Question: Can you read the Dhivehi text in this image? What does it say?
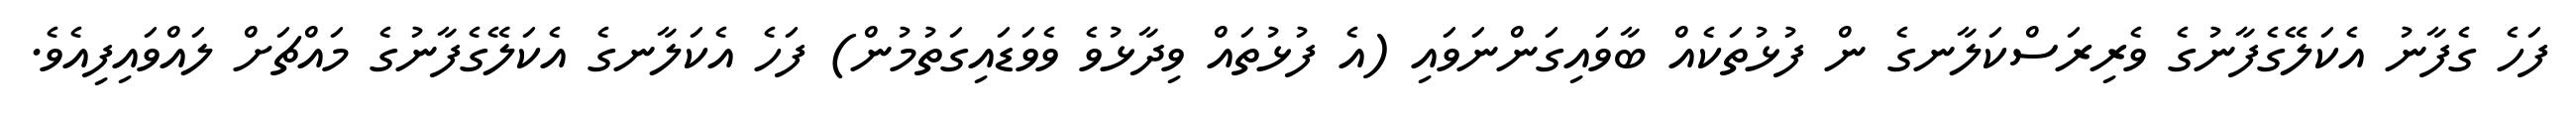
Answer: ފަހެ ގެފާނު އެކަލޭގެފާނުގެ ވެރިރަސްކަލާނގެ ން ފުޅުތަކެއް ބާވައިގަންނަވައި (އެ ފުޅުތައް ވިދާޅުވެ ވެވަޑައިގަތުމުން) ފަހެ އެކަލާނގެ އެކަލޭގެފާނުގެ މައްޗަށް ލައްވައިފިއެވެ.